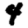
Digit: 4